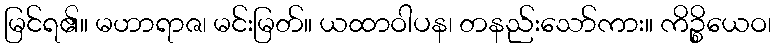
မြင်ရ၏။ မဟာရာဇ၊ မင်းမြတ်။ ယထာဝါပန၊ တနည်းသော်ကား။ ကိဉ္စိယေဝ၊